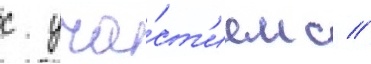
с уча́ст'ием с //